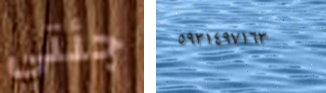
جئتي ٥٩٣١٤٩٧١٦٣